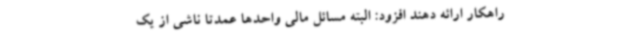
راهکار ارائه دهند افزود: البته مسائل مالی واحدها عمدتا ناشی از یک